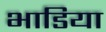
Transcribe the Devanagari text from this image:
भाडिया